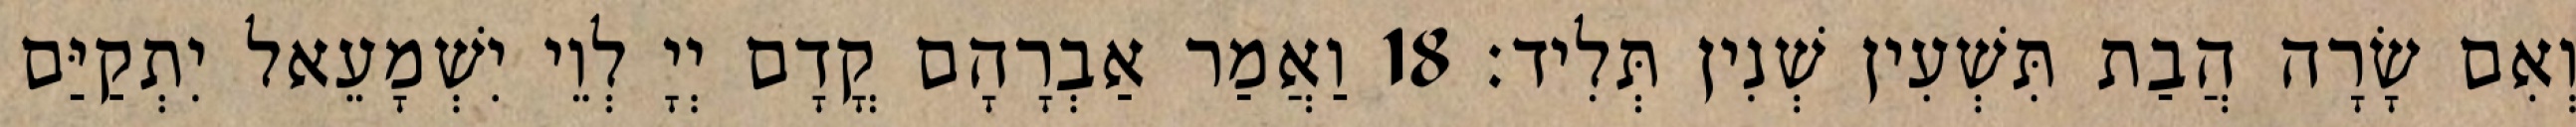
וְאִם שָׂרָה הֲבַת תִּשְׁעִין שְׁנִין תְּלִיד׃ 18 וַאֲמַר אַבְרָהָם קֳדָם יְיָ לְוֵי יִשְׁמָעֵאל יִתְקַיַּם